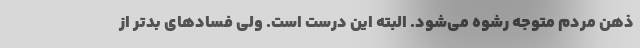
ذهن مردم متوجه رشوه می‌شود. البته این درست است. ولی فسادهای بدتر از